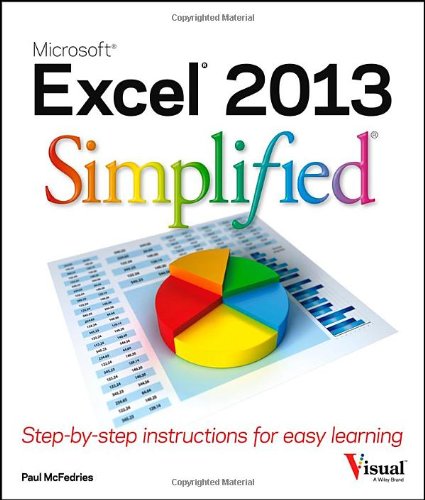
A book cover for Excel 2013 Simplified; Paul McFedries; Computers & Technology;